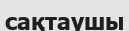
сақтаушы